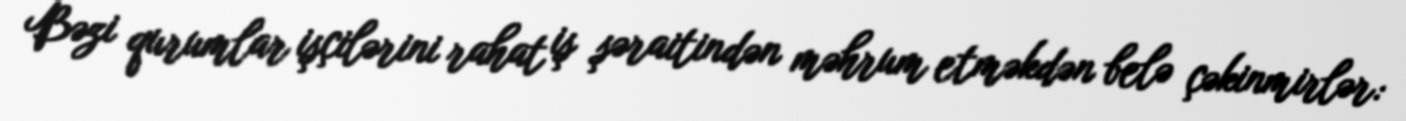
Bəzi qurumlar işçilərini rahat iş şəraitindən məhrum etməkdən belə çəkinmirlər: